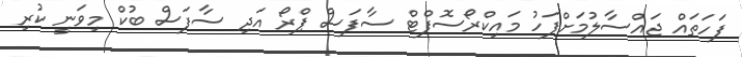
ފަހަތައް ޖައްސާލުމަށްފަހު މައިކްރޯސޮފްޓް ސާފަސް ޕްރޯ އަދި ސާފަސް ބުކް މިވަނީ ކުރި